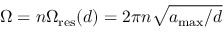
\Omega = n \Omega _ { \mathrm { r e s } } ( d ) = 2 \pi n \sqrt { a _ { \mathrm { m a x } } / d }